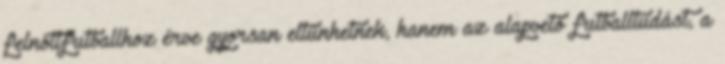
felnőttfutballhoz érve gyorsan eltűnhetnek, hanem az alapvető futballtudást, a